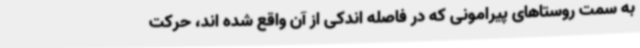
به سمت روستاهای پیرامونی که در فاصله اندکی از آن واقع شده اند، حرکت